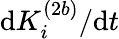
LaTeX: \mathrm{d}K_{i}^{(2b)}/\mathrm{d}t